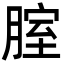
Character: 腟